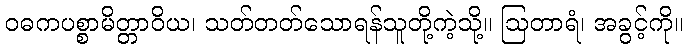
ဝဓကပစ္စာမိတ္တာဝိယ၊ သတ်တတ်သောရန်သူတို့ကဲ့သို့။ ဩတာရံ၊ အခွင့်ကို။